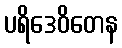
ပရိဒေဝိတေန